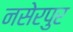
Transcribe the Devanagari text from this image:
नसेरपुर